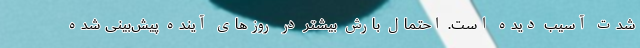
شدت آسیب دیده است. احتمال بارش بیشتر در روزهای آینده پیش‌بینی شده